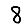
Digit: 8